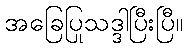
အခြေပြုသဒ္ဒါပြီးပြီ။